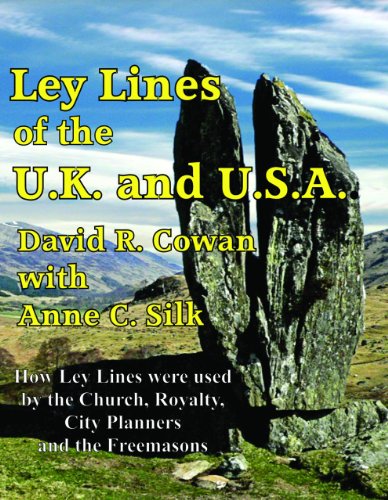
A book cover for Ley Lines of the UK and USA: How Ley Lines were used by the Church, Royalty, City Planners and the Freemasons; David Cowan; Religion & Spirituality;